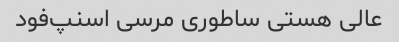
عالی هستی ساطوری مرسی اسنپ‌فود